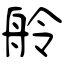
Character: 舲